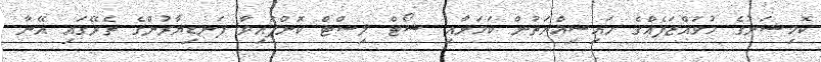
ކޮމިޝަނުގެ މުވައްޒަފެއްގެ ހައިސިއްޔަތުން ކަމަށާއި ޝޯޓް ލިސްޓް ކޮށްފައިވާ ފަނޑިޔާރުންގެ ތެރޭގައި އޭނާ